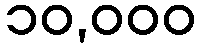
၁၀,၀၀၀